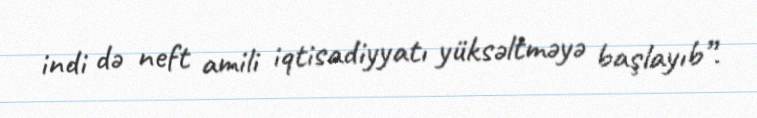
indi də neft amili iqtisadiyyatı yüksəltməyə başlayıb”.